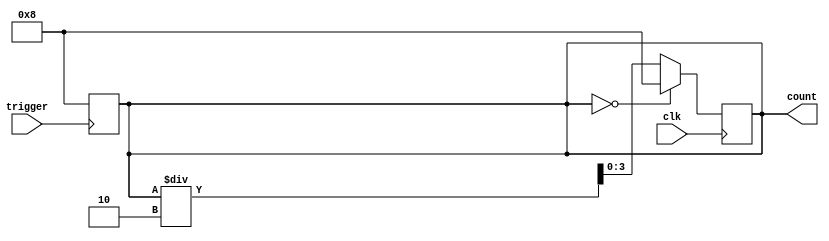
module four_bit_ring_counter(
    input trigger,
    input clk,
    output reg [3:0]count
);
always@(negedge trigger) begin
    count=4'b1000;   
end

always @(negedge clk) begin
    if(count==0)
    count=4'b1000;
    else begin
    count=count/2;
    end
end
endmodule